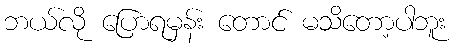
ဘယ်လို ပြောရမှန်း တောင် မသိတော့ပါဘူး